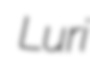
Luri